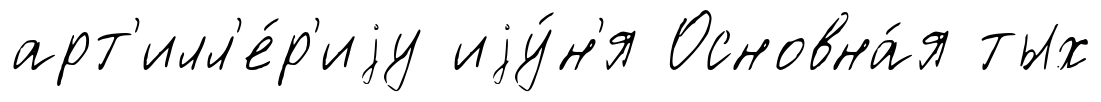
арт'илл'е́р'иjу иjу́н'я Основна́я тых